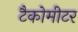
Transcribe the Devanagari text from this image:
टैकोमीटर